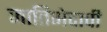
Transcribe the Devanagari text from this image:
जातिभेदाची